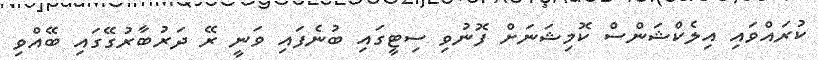
ކުރައްވައި އިލެކްޝަންސް ކޮމިޝަނަށް ފޮނުވި ސިޓީގައި ބުނެފައި ވަނީ ރޭ ދަރުބާރުގޭގައި ބޭއްވި